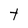
Character: t